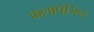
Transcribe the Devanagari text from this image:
कलापंजिन